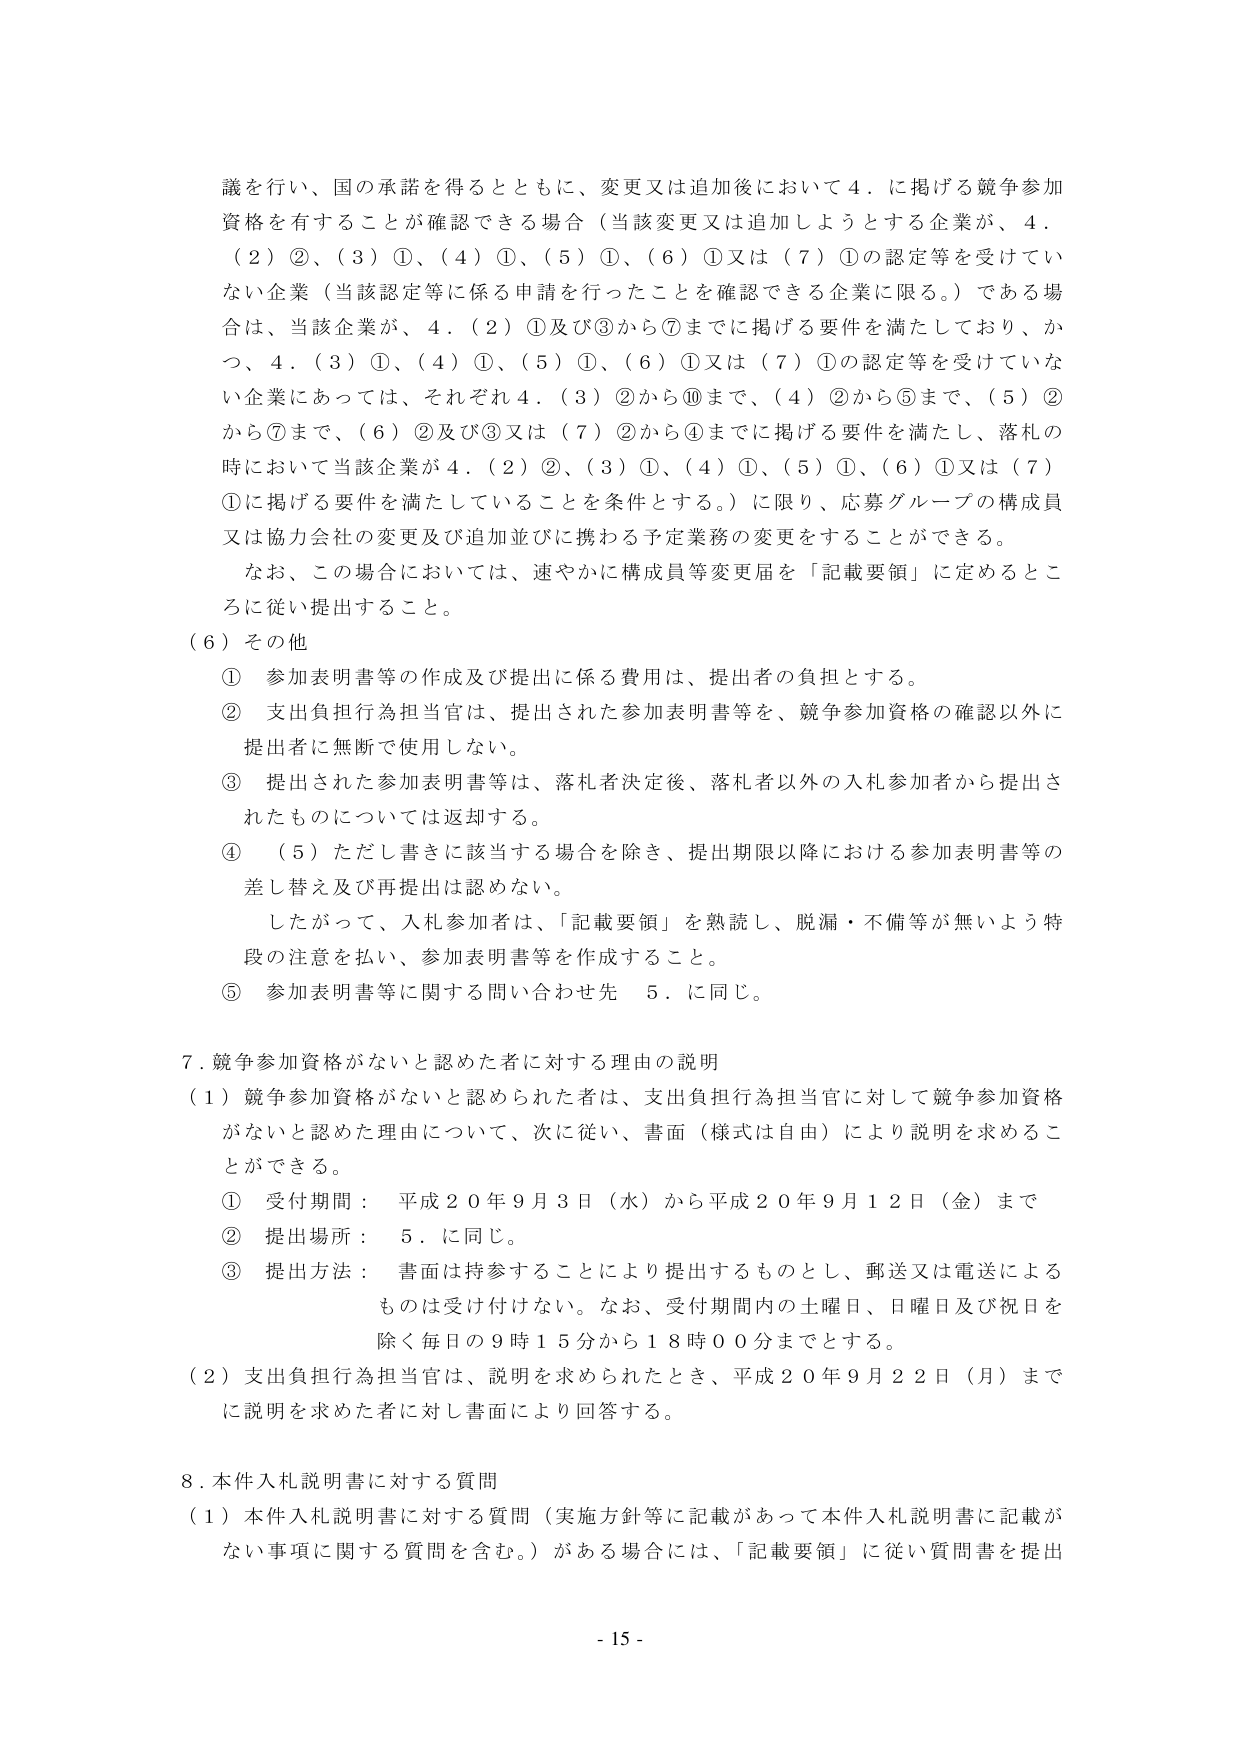
議を行い、国の承諾を得るとともに、変更又は追加後において４．に掲げる競争参加資格を有することが確認できる場合（当該変更又は追加しようとする企業が、４．（２）②、（３）①、（４）①、（５）①、（６）①又は（７）①の認定等を受けていない企業（当該認定等に係る申請を行ったことを確認できる企業に限る。）である場合は、当該企業が、４．（２）①及び③から⑦までに掲げる要件を満たしており、かつ、４．（３）①、（４）①、（５）①、（６）①又は（７）①の認定等を受けていない企業にあっては、それぞれ４．（３）②から⑩まで、（４）②から⑤まで、（５）②から⑦まで、（６）②及び③又は（７）②から④までに掲げる要件を満たし、落札の時において当該企業が４．（２）②、（３）①、（４）①、（５）①、（６）①又は（７）①に掲げる要件を満たしていることを条件とする。）に限り、応募グループの構成員又は協力会社の変更及び追加並びに携わる予定業務の変更をすることができる。

なお、この場合においては、速やかに構成員等変更届を「記載要領」に定めるところに従い提出すること。

（６）その他

① 参加表明書等の作成及び提出に係る費用は、提出者の負担とする。

② 支出負担行為担当官は、提出された参加表明書等を、競争参加資格の確認以外に提出者に無断で使用しない。

③ 提出された参加表明書等は、落札者決定後、落札者以外の入札参加者から提出されたものについては返却する。

④ （５）ただし書きに該当する場合を除き、提出期限以降における参加表明書等の差し替え及び再提出は認めない。

したがって、入札参加者は、「記載要領」を熟読し、脱漏・不備等が無いよう特段の注意を払い、参加表明書等を作成すること。

⑤ 参加表明書等に関する問い合わせ先 ５．に同じ。

７．競争参加資格がないと認めた者に対する理由の説明

（１）競争参加資格がないと認められた者は、支出負担行為担当官に対して競争参加資格がないと認めた理由について、次に従い、書面（様式は自由）により説明を求めることができる。

① 受付期間： 平成２０年９月３日（水）から平成２０年９月１２日（金）まで

② 提出場所： ５．に同じ。

③ 提出方法： 書面は持参することにより提出するものとし、郵送又は電送によるものは受付付けない。なお、受付期間内の土曜日、日曜日及び祝日を除く毎日の９時１５分から１８時００分までとする。

（２）支出負担行為担当官は、説明を求められたとき、平成２０年９月２２日（月）までに説明を求めた者に対し書面により回答する。

８．本件入札説明書に対する質問

（１）本件入札説明書に対する質問（実施方針等に記載があって本件入札説明書に記載がない事項に関する質問を含む。）がある場合には、「記載要領」に従い質問書を提出

- 15 -